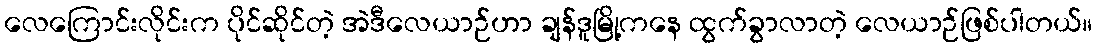
လေကြောင်းလိုင်းက ပိုင်ဆိုင်တဲ့ အဲဒီလေယာဉ်ဟာ ချန်ဒူမြို့ကနေ ထွက်ခွာလာတဲ့ လေယာဉ်ဖြစ်ပါတယ်။